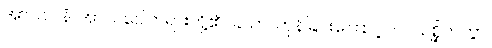
အာသဝါနံ၊ အာသဝေါတရားတို့၏။ ခယာ၊ ကုန်ခြင်းကြောင့်။ ပ။ သစ္ဆိကတွာ၊